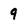
Character: 9